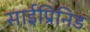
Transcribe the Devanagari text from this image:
साईप्रिनिड